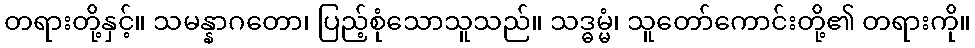
တရားတို့နှင့်။ သမန္နာဂတော၊ ပြည့်စုံသောသူသည်။ သဒ္ဓမ္မံ၊ သူတော်ကောင်းတို့၏ တရားကို။